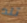
تلد